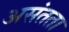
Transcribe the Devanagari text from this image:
असंतता